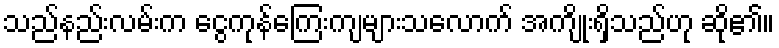
သည်နည်းလမ်းက ငွေကုန်ကြေးကျများသလောက် အကျိုးရှိသည်ဟု ဆို၏။